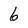
Character: 6